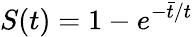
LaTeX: S(t)=1-e^{-\bar{t}/t}